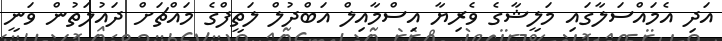
އަދި އެމައްސަލާގައި މަލީޝާގެ ވެރިޔާ އިސްމާއިލް އަބްދުލް ލަތީފްގެ މައްޗަށް ދައުލަތުން ވަނީ